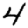
Digit: 4